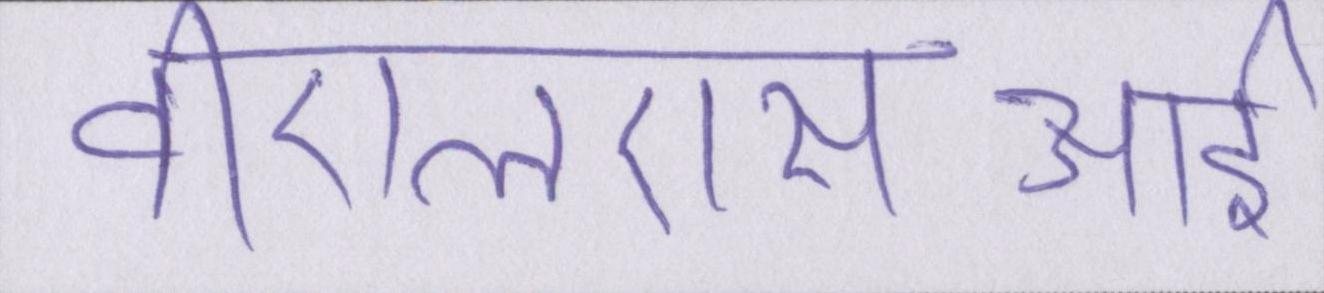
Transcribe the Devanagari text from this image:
वीएलएसआई